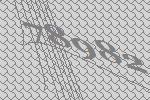
78982